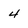
Character: 4